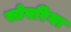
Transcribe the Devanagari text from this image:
सोगरिया